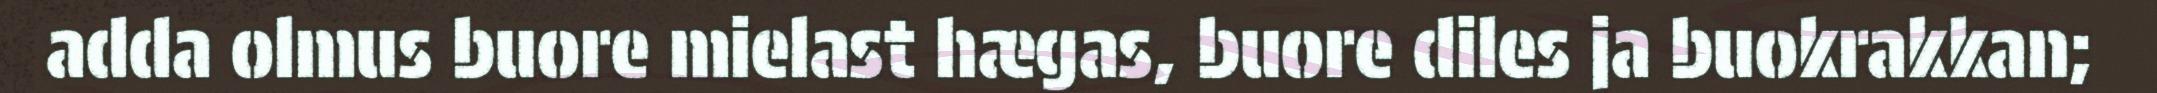
adda olmus buore mielast hægas, buore diles ja buokrakkan;